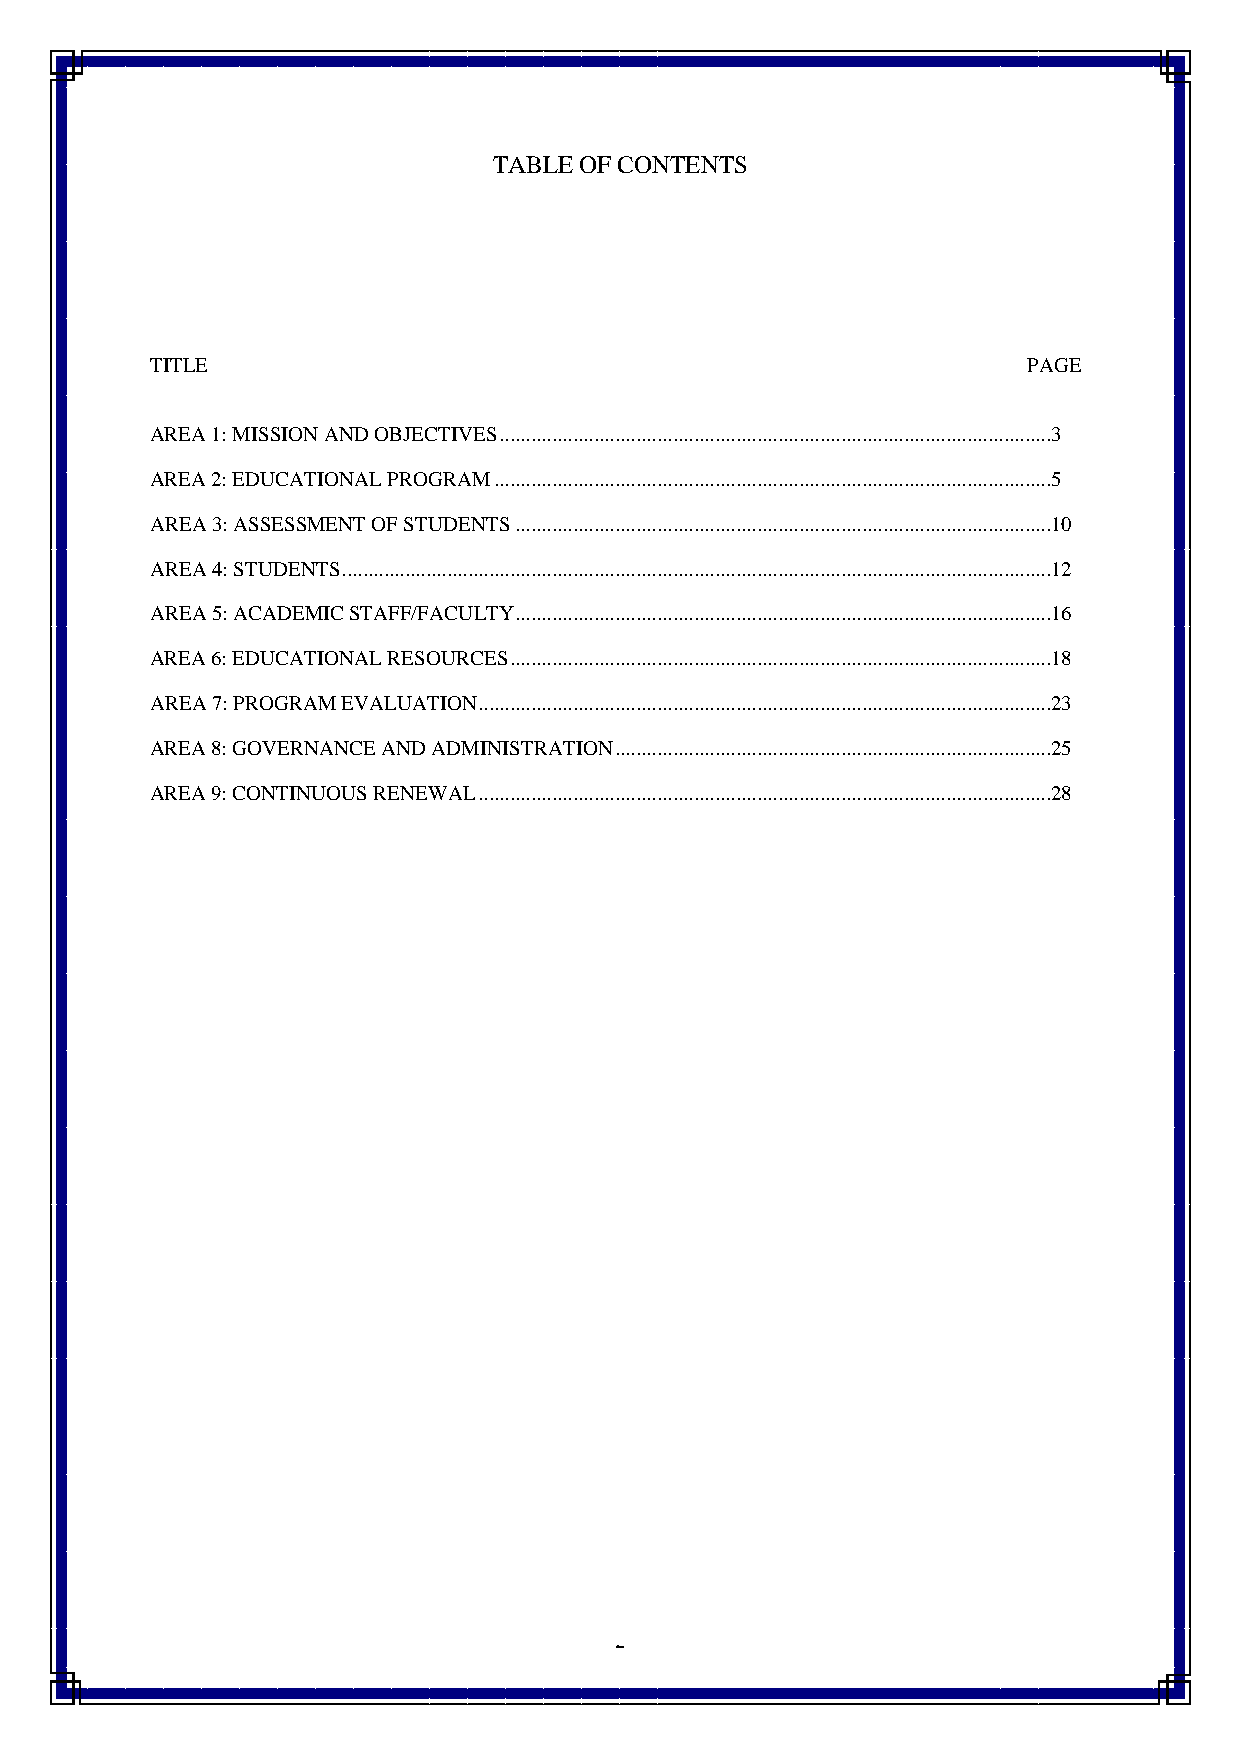
TABLE OF CONTENTS
 TITLE                                                     PAGE
 AREA 1: MISSION AND OBJECTIVES .........................................................................................................3
 AREA 2: EDUCATIONAL PROGRAM ..........................................................................................................5
 AREA 3: ASSESSMENT OF STUDENTS ......................................................................................................10
 AREA 4: STUDENTS .......................................................................................................................................12
 AREA 5: ACADEMIC STAFF/FACULTY ......................................................................................................16
 AREA 6: EDUCATIONAL RESOURCES .......................................................................................................18
 AREA 7: PROGRAM EVALUATION .............................................................................................................23
 AREA 8: GOVERNANCE AND ADMINISTRATION ...................................................................................25
 AREA 9: CONTINUOUS RENEWAL .............................................................................................................28
 2